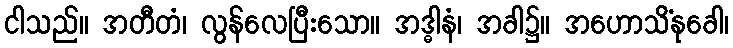
ငါသည်။ အတီတံ၊ လွန်လေပြီးသော။ အဒ္ဓါနံ၊ အခါ၌။ အဟောသိံနုခေါ၊